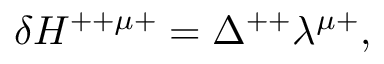
\delta H ^ { + + \mu + } = \Delta ^ { + + } \lambda ^ { \mu + } ,